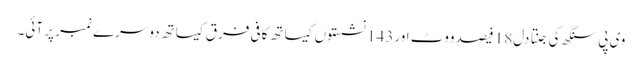
وی پی سنگھ کی جنتا دل18 فیصد ووٹ اور143 نشستوں کیساتھ کافی فرق کیساتھ دوسرے نمبر پر آئی۔